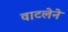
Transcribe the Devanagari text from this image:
वाटलेने